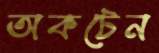
অকটেন